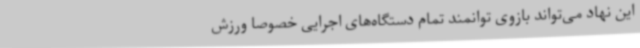
این نهاد می‌تواند بازوی توانمند تمام دستگاه‌های اجرایی خصوصا ورزش